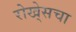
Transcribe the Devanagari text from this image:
रोखे्सचा